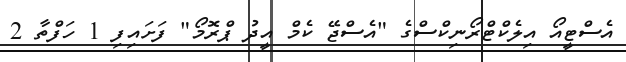
އެސްޓީއޯ އިލެކްޓްރޯނިކްސްގެ "އެސްޖޭ ކެމް އީދު ޕްރޮމޯ" ފަށައިފި 1 ހަފްތާ 2